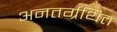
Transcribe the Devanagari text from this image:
अनतर्ग्रथित